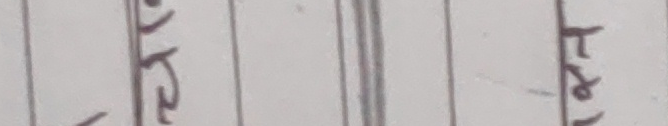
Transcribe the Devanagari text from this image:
एक